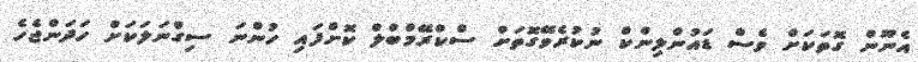
އެނޫން ގޮތަކަށް ވެސް ޑައުންލިންކް ނުކުރެވޭގޮތަށް ސްކްރޭމްބްލް ކޮށްފައި ހުންނަ ސިގްނަލަކަށް ހަދަންޖެހެ